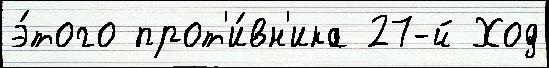
э́того прот'и́вн'ика 27-й Ход